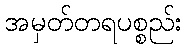
အမှတ်တရပစ္စည်း